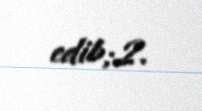
edib;2.